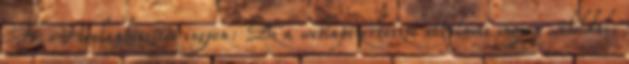
Ft. Honlapkészítés ingyen: Ez a weblapszerkesztő alkalmas ingyen weboldal,